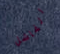
الفاشل